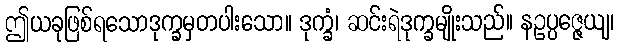
ဤယခုဖြစ်ရသောဒုက္ခမှတပါးသော။ ဒုက္ခံ၊ ဆင်းရဲဒုက္ခမျိုးသည်။ နဥပ္ပဇ္ဇေယျ၊